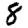
Digit: 8